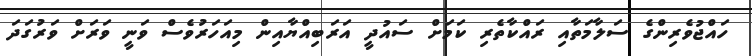
ހައްޖުވެރިންގެ ސަލާމަތާއި ރައްކާތެރި ކަމަށް ސައުދީ އަރަބިއްޔާއިން މިއަހަރުވެސް ވަނީ ވަރަށް ވަރުގަދަ